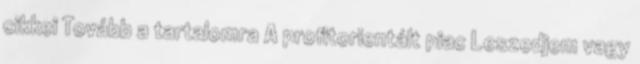
cikkei Tovább a tartalomra A profitorientált piac Leszedjem vagy